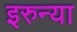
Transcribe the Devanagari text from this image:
इरुन्या